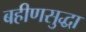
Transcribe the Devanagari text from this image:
बहीणसुद्धा